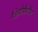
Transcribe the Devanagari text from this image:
डियोफैंटीय